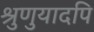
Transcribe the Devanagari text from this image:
श्रुणुयादपि